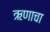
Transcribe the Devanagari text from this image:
ऋणाचा